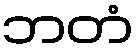
ဘတံ